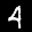
Label: 4